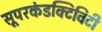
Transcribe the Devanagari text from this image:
सूपरकंडक्टिविटी